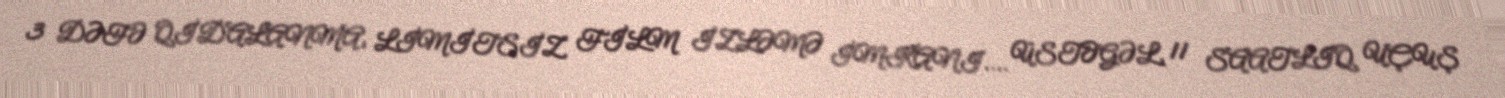
3 DƏFƏ QİDALANMA, LİMİTSİZ FİLM İZLƏMƏ İMKANI.... ÜSTƏGƏL, 11 SAATLIQ UÇUŞ